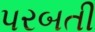
પરબતી